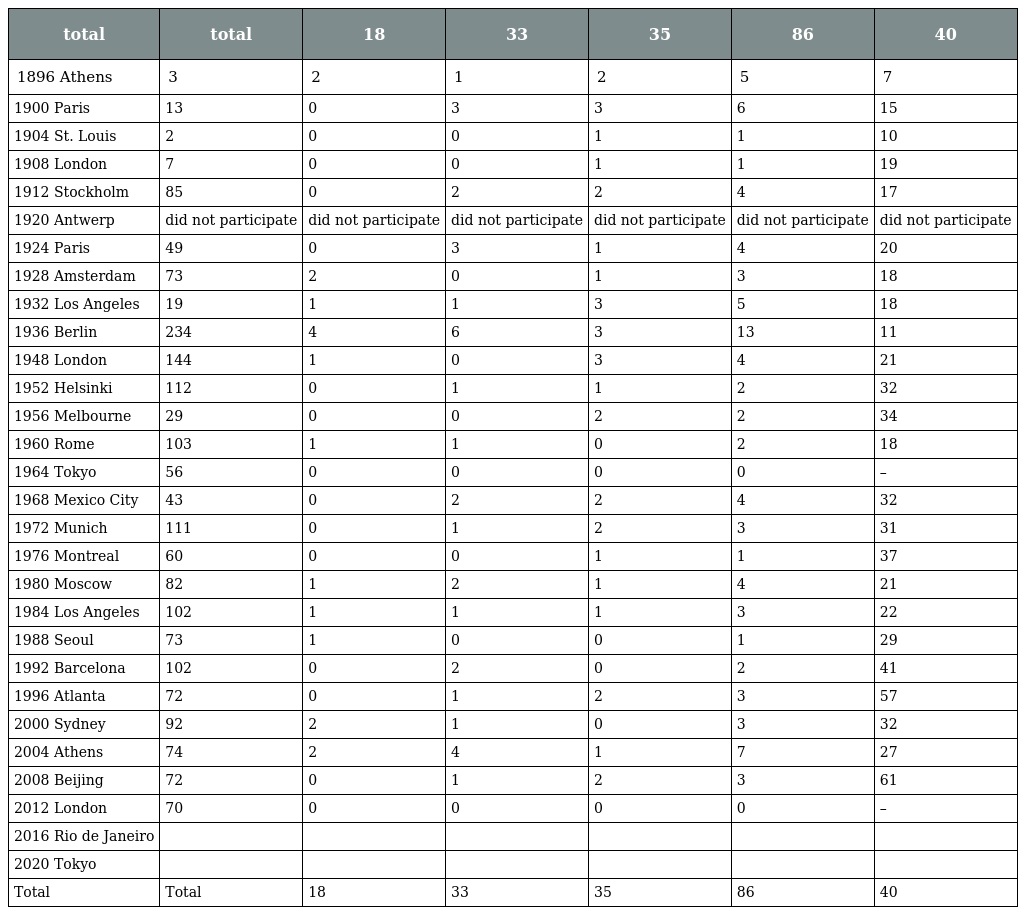
| total | total | 18 | 33 | 35 | 86 | 40 |
 | --- | --- | --- | --- | --- | --- | --- |
 | 1896 Athens | 3 | 2 | 1 | 2 | 5 | 7 |
 | 1900 Paris | 13 | 0 | 3 | 3 | 6 | 15 |
 | 1904 St. Louis | 2 | 0 | 0 | 1 | 1 | 10 |
 | 1908 London | 7 | 0 | 0 | 1 | 1 | 19 |
 | 1912 Stockholm | 85 | 0 | 2 | 2 | 4 | 17 |
 | 1920 Antwerp | did not participate | did not participate | did not participate | did not participate | did not participate | did not participate |
 | 1924 Paris | 49 | 0 | 3 | 1 | 4 | 20 |
 | 1928 Amsterdam | 73 | 2 | 0 | 1 | 3 | 18 |
 | 1932 Los Angeles | 19 | 1 | 1 | 3 | 5 | 18 |
 | 1936 Berlin | 234 | 4 | 6 | 3 | 13 | 11 |
 | 1948 London | 144 | 1 | 0 | 3 | 4 | 21 |
 | 1952 Helsinki | 112 | 0 | 1 | 1 | 2 | 32 |
 | 1956 Melbourne | 29 | 0 | 0 | 2 | 2 | 34 |
 | 1960 Rome | 103 | 1 | 1 | 0 | 2 | 18 |
 | 1964 Tokyo | 56 | 0 | 0 | 0 | 0 | – |
 | 1968 Mexico City | 43 | 0 | 2 | 2 | 4 | 32 |
 | 1972 Munich | 111 | 0 | 1 | 2 | 3 | 31 |
 | 1976 Montreal | 60 | 0 | 0 | 1 | 1 | 37 |
 | 1980 Moscow | 82 | 1 | 2 | 1 | 4 | 21 |
 | 1984 Los Angeles | 102 | 1 | 1 | 1 | 3 | 22 |
 | 1988 Seoul | 73 | 1 | 0 | 0 | 1 | 29 |
 | 1992 Barcelona | 102 | 0 | 2 | 0 | 2 | 41 |
 | 1996 Atlanta | 72 | 0 | 1 | 2 | 3 | 57 |
 | 2000 Sydney | 92 | 2 | 1 | 0 | 3 | 32 |
 | 2004 Athens | 74 | 2 | 4 | 1 | 7 | 27 |
 | 2008 Beijing | 72 | 0 | 1 | 2 | 3 | 61 |
 | 2012 London | 70 | 0 | 0 | 0 | 0 | – |
 | 2016 Rio de Janeiro |  |  |  |  |  |  |
 | 2020 Tokyo |  |  |  |  |  |  |
 | Total | Total | 18 | 33 | 35 | 86 | 40 |